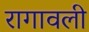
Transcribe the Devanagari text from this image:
रागावली